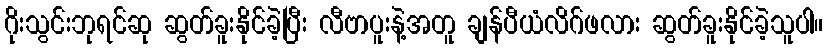
ဂိုးသွင်းဘုရင်ဆု ဆွတ်ခူးနိုင်ခဲ့ပြီး လီဗာပူးနဲ့အတူ ချန်ပီယံလိဂ်ဖလား ဆွတ်ခူးနိုင်ခဲ့သူပါ။